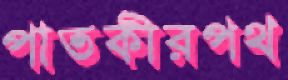
পাতকীরপথ